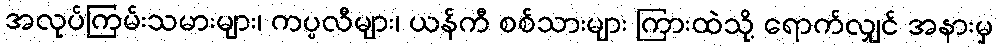
အလုပ်ကြမ်းသမားများ၊ ကပ္ပလီများ၊ ယန်ကီ စစ်သားများ ကြားထဲသို့ ရောက်လျှင် အနားမှ